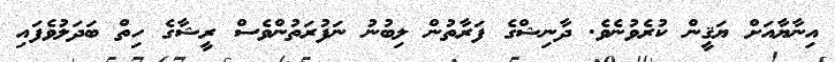
އިނާޔާއަށް ޔަޤީން ކުރެވުނެވެ. ދާނިޝްގެ ފަރާތުން ލިބުނު ނަފުރަތުންވެސް ރީޝާގެ ހިތް ބަދަލުވެފައި